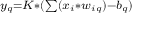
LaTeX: \scriptstyle y _ { q } = K * ( \sum ( x _ { i } * w _ { i q } ) - b _ { q } )